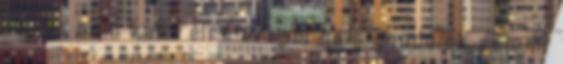
és. No nem kell félre érteni nem gondolok semmi